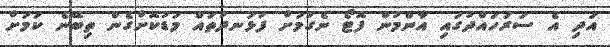
އަދި އެ ސަރަހައްދުގައި އާންމުން ފޮޓޯ ނެގުމަށް ފުޅަނދުތައް މަޑުކޮށްގެން ތިބޭނެ ކަމަށް